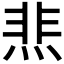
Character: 𰞴